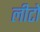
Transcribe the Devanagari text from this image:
लीटो